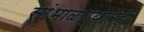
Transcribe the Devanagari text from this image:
सांभाळण्यातही